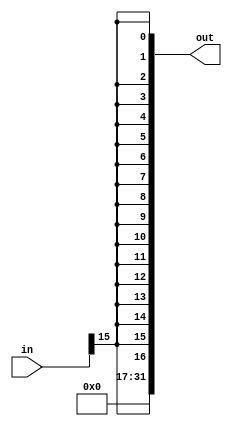
`timescale 1ns / 1ps
module SignExtender(out,in);
    input [15:0] in;
    output reg [31:0] out;
    always @ (in)
    begin
        out <= {{16{in[15]}},in[15]};
    end
    
endmodule